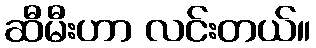
ဆီမီးဟာ လင်းတယ်။